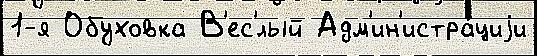
1-я Обуховка В'ес'́лый Адм'ин'истра́циjи